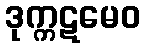
ဒုက္ကဋမေဝ